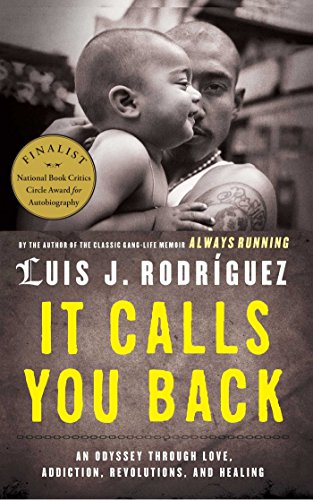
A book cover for It Calls You Back: An Odyssey through Love, Addiction, Revolutions, and Healing; Luis J. Rodriguez; Biographies & Memoirs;